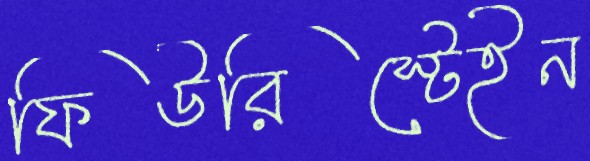
ফিউরিস্টেইন